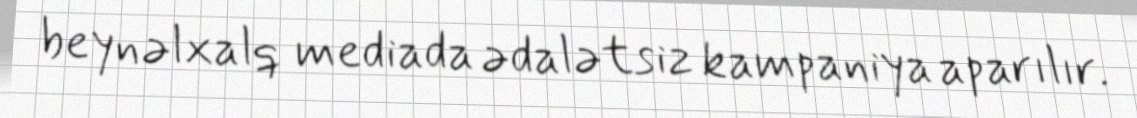
beynəlxalq mediada ədalətsiz kampaniya aparılır.